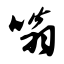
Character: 嗡